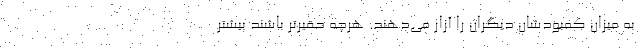
به میزان کمبودشان دیگران را آزار می‌دهند. هرچه حقیرتر باشند بیشتر